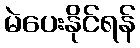
မဲပေးနိုင်ရန်